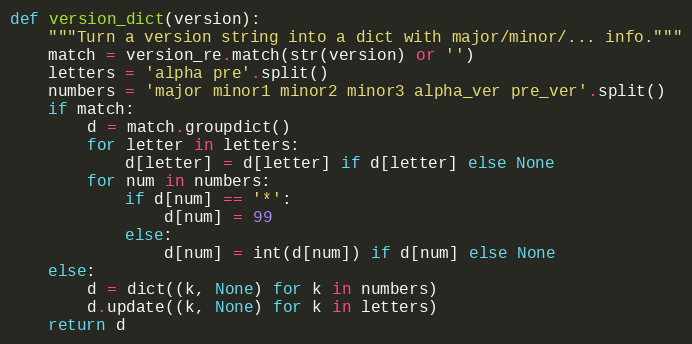
Language: Python
def version_dict(version):
    """Turn a version string into a dict with major/minor/... info."""
    match = version_re.match(str(version) or '')
    letters = 'alpha pre'.split()
    numbers = 'major minor1 minor2 minor3 alpha_ver pre_ver'.split()
    if match:
        d = match.groupdict()
        for letter in letters:
            d[letter] = d[letter] if d[letter] else None
        for num in numbers:
            if d[num] == '*':
                d[num] = 99
            else:
                d[num] = int(d[num]) if d[num] else None
    else:
        d = dict((k, None) for k in numbers)
        d.update((k, None) for k in letters)
    return d